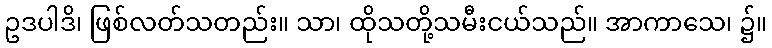
ဥဒပါဒိ၊ ဖြစ်လတ်သတည်း။ သာ၊ ထိုသတို့သမီးငယ်သည်။ အာကာသေ၊ ၌။